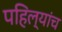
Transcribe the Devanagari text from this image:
पहिल्यांच